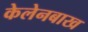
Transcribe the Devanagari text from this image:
केलेनबाख